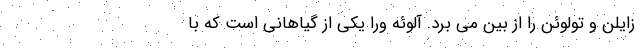
زایلن و تولوئن را از بین می برد. آلوئه ورا یکی از گیاهانی است که با